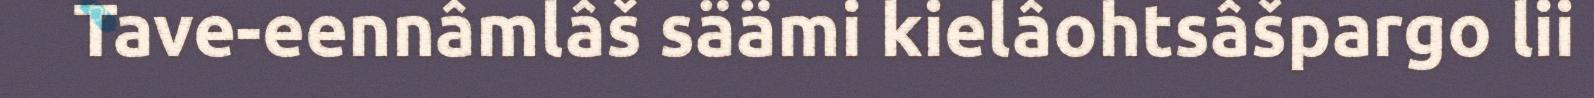
Tave-eennâmlâš säämi kielâohtsâšpargo lii